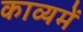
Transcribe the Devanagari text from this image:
काव्यमें